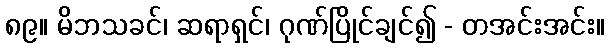
၈၉။ မိဘသခင်၊ ဆရာရှင်၊ ဂုဏ်ပြိုင်ချင်၍ - တအင်းအင်း။